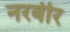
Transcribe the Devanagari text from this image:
नरबीर